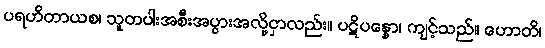
ပရဟိတာယစ၊ သူတပါးအစီးအပွားအလို့ငှာလည်း။ ပဋိပန္နော၊ ကျင့်သည်။ ဟောတိ၊